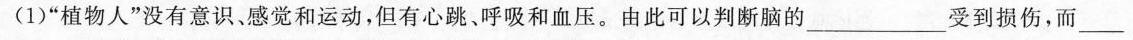
(1)”植物人”没有意识、感觉和运动，但有心跳、呼吸和血压。由此可以判断脑的___受到损伤，而___